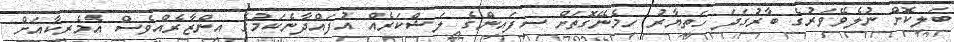
ބަލިކޮށް ނުލެވޭވަރުގެ ބާރުގަދަ ހަތިޔާރު ހިމެނޭގޮތަށް ސިފައިންގެ ލަޝްކަރެއް އުފައްދާނެކަމުގެ އިންޒާރެއްވެސް އެމެރިކާއަށް